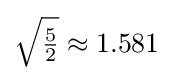
{\sqrt {\tfrac {5}{2}}}\approx 1.581